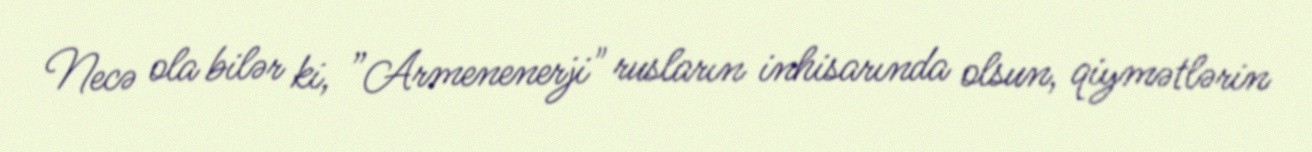
Necə ola bilər ki, ”Armenenerji" rusların inhisarında olsun, qiymətlərin